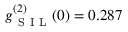
g _ { \mathrm { ~ S ~ I ~ L ~ } } ^ { ( 2 ) } ( 0 ) = 0 . 2 8 7